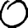
Digit: 0